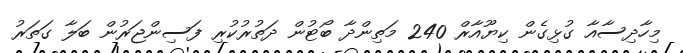
މިހާދިސާއާ ގުޅިގެން ކިޔޫއާރް 240 މަތިންދާ ބޯޓުން ދަތުރުކުރި ފަސިންޖަރުން ބަލާ ގަތަރު